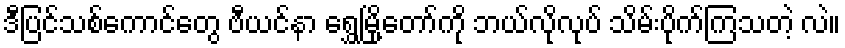
ဒီပြင်သစ်ကောင်တွေ ဗီယင်နာ ရွှေမြို့တော်ကို ဘယ်လိုလုပ် သိမ်းပိုက်ကြသတဲ့ လဲ။